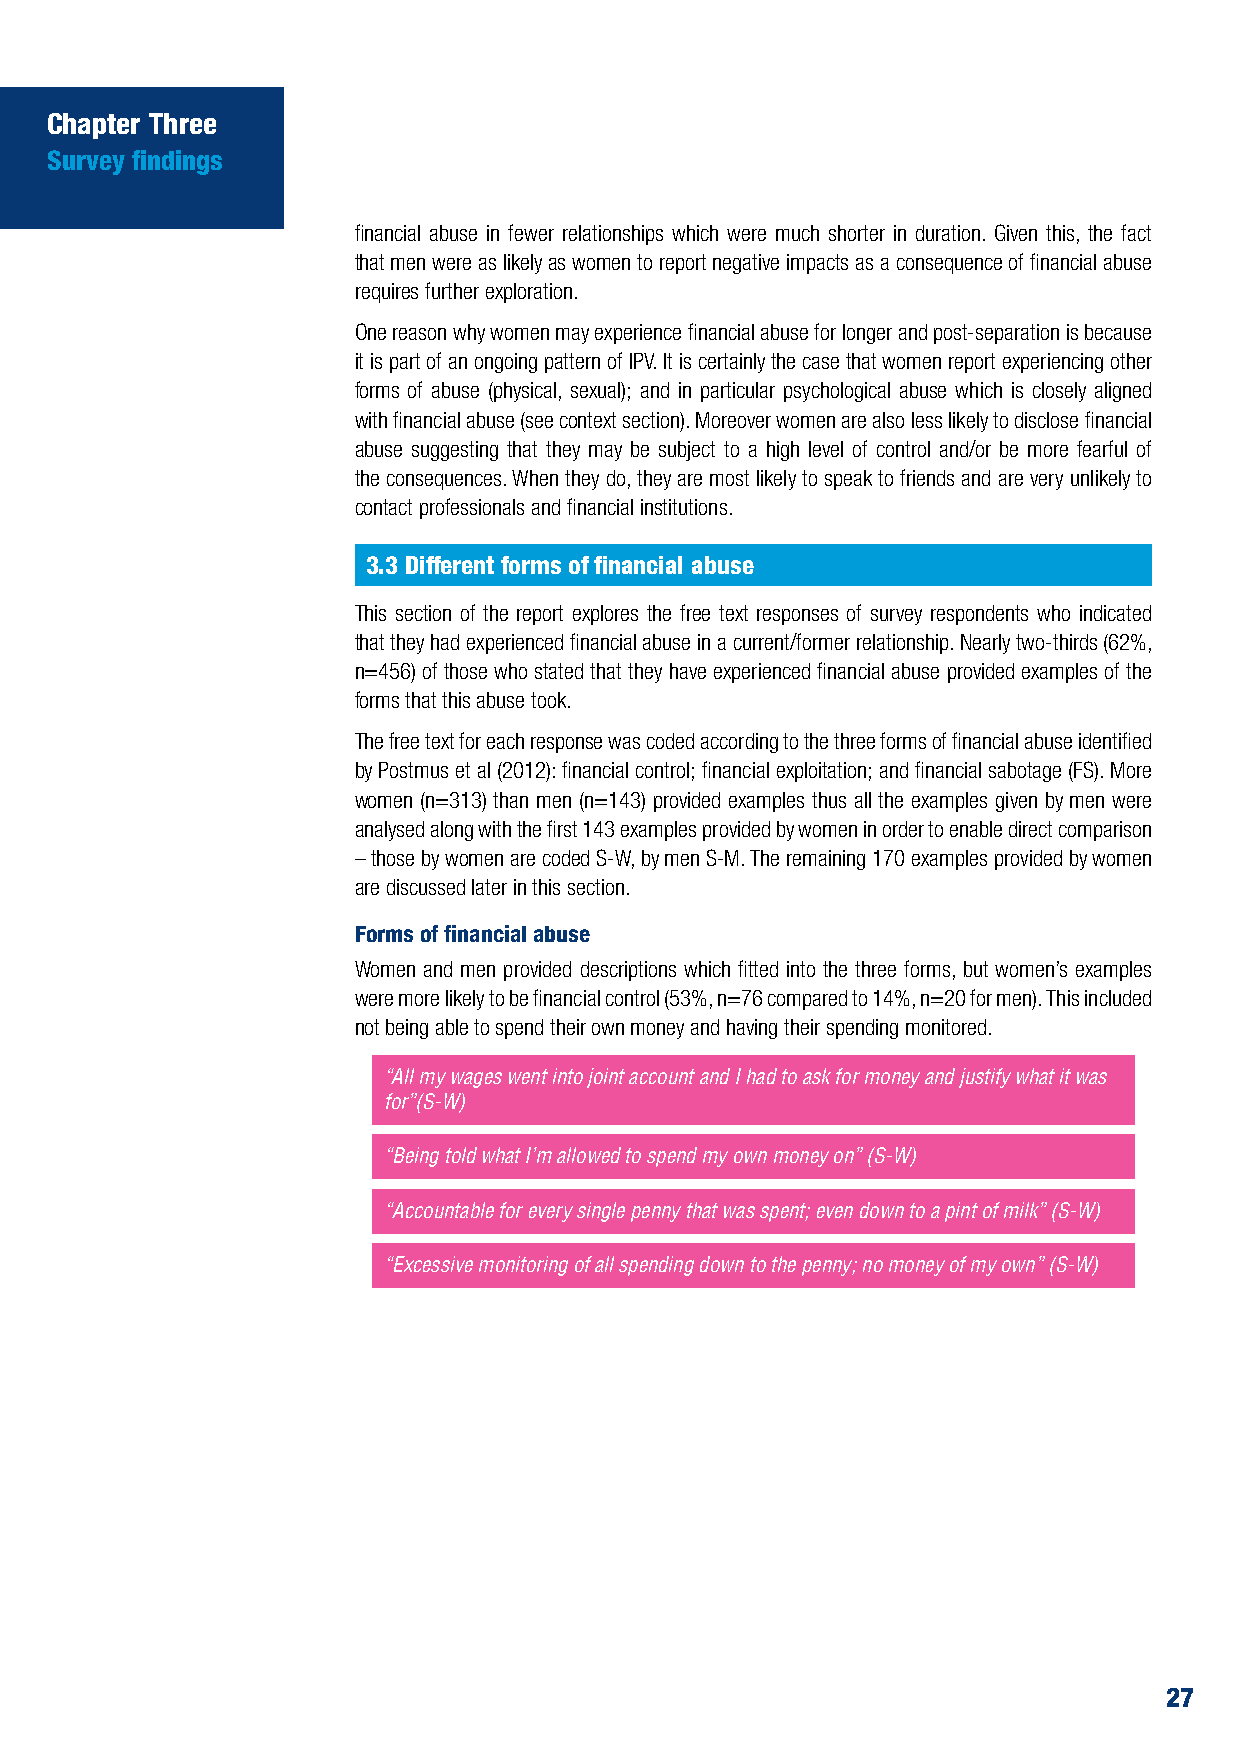
Chapter Three
 Survey findings
 financial abuse in fewer relationships which were much shorter in duration. Given this, the fact
 that men were as likely as women to report negative impacts as a consequence of financial abuse
 requires further exploration.
 One reason why women may experience financial abuse for longer and post-separation is because
 it is part of an ongoing pattern of IPV. It is certainly the case that women report experiencing other
 forms of abuse (physical, sexual); and in particular psychological abuse which is closely aligned
 with financial abuse (see context section). Moreover women are also less likely to disclose financial
 abuse suggesting that they may be subject to a high level of control and/or be more fearful of
 the consequences. When they do, they are most likely to speak to friends and are very unlikely to
 contact professionals and financial institutions.
 3.3 Different forms of financial abuse
 This section of the report explores the free text responses of survey respondents who indicated
 that they had experienced financial abuse in a current/former relationship. Nearly two-thirds (62%,
 n=456) of those who stated that they have experienced financial abuse provided examples of the
 forms that this abuse took.
 The free text for each response was coded according to the three forms of financial abuse identified
 by Postmus et al (2012): financial control; financial exploitation; and financial sabotage (FS). More
 women (n=313) than men (n=143) provided examples thus all the examples given by men were
 analysed along with the first 143 examples provided by women in order to enable direct comparison
 – those by women are coded S-W, by men S-M. The remaining 170 examples provided by women
 are discussed later in this section.
 Forms of financial abuse
 Women and men provided descriptions which fitted into the three forms, but women’s examples
 were more likely to be financial control (53%, n=76 compared to 14%, n=20 for men). This included
 not being able to spend their own money and having their spending monitored.
 “All my wages went into joint account and I had to ask for money and justify what it was
 for”(S-W)
 “Being told what I’m allowed to spend my own money on” (S-W)
 “Accountable for every single penny that was spent; even down to a pint of milk” (S-W)
 “Excessive monitoring of all spending down to the penny; no money of my own” (S-W)
 27